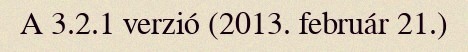
A 3.2.1 verzió (2013. február 21.)